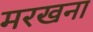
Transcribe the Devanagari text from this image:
मरखना